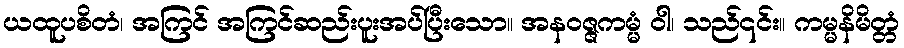
ယထူပစိတံ၊ အကြင် အကြင်ဆည်းပူးအပ်ပြီးသော။ အနဝဇ္ဇကမ္မံ ဝါ၊ သည်၎င်း။ ကမ္မနိမိတ္တံ